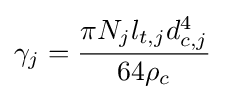
\gamma _{j}={\frac {\pi N_{j}l_{t,j}d_{c,j}^{4}}{64\rho _{c}}}